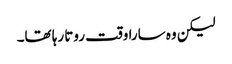
لیکن وہ سارا وقت روتا رہا تھا۔